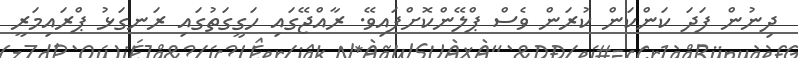
ދިނުން ފަދަ ކަންކަން ކުރަން ވެސް ޕްލޭންކޮށްފައިވޭ. ރާއްޖޭގައި ހަގީގަތުގައި ރަނގަޅު ޕްރައިމަރީ